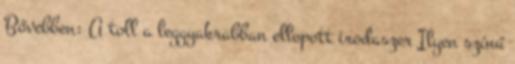
Bővebben: A toll a leggyakrabban ellopott irodaszer Ilyen színű